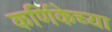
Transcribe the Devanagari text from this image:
कर्णिकेच्या